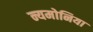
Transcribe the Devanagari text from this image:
न्यमोनिया